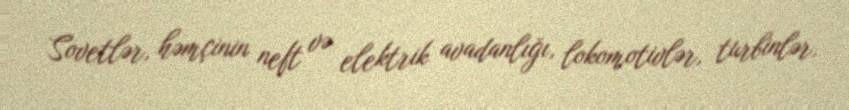
Sovetlər, həmçinin neft və elektrik avadanlığı, lokomotivlər, turbinlər,